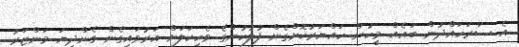
އެ ސަރަހައްދުން ބައެއް މީހުން ހައްޔަރުކޮށްގެން ފުލުހުންގެ ވެހިކަލަށް އަރުވައިގެން ގެންދިޔަ މަންޒަރު